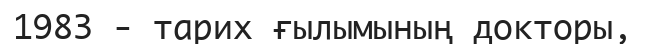
1983 - тарих ғылымының докторы,